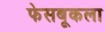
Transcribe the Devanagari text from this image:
फेसबूकला